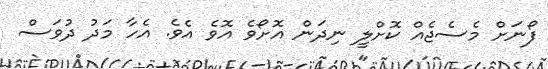
ފޯނަށް މެސެޖެއް ކޮށްލީ ނިދަން އޮށޯވެ އޮވެ އެވެ. އެހާ މަދު ދުވަސް